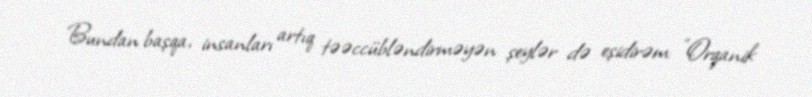
Bundan başqa, insanları artıq təəccübləndirməyən şeylər də eşidirəm: ”Orqanik